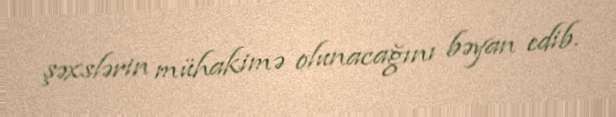
şəxslərin mühakimə olunacağını bəyan edib.